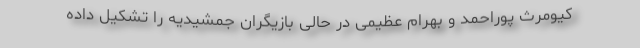
کیومرث پوراحمد و بهرام عظیمی در حالی بازیگران جمشیدیه را تشکیل داده